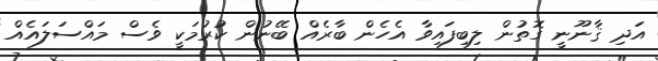
އަދި ޤާނޫނީ ގޮތުން ލިބިފައިވާ އެހެން ބާރެއް ބޭނުން ކުރުމަކީ ވެސް މައްސަލައެއް